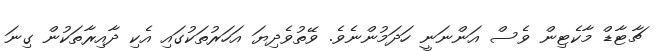
ޗާޓާޑް މާކެޓިން ވެސް އަންނަނީ ހަދަމުންނެވެ. ވޭތުވެދިޔަ އަހަރުތަކުގައި އެކި ދާއިރާތަކުން ގިނަ